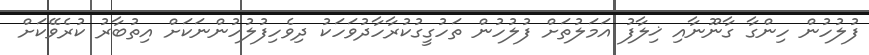
ފުލުހުން ހިންގާ ގާނޫނާއި ޚިލާފު އަމަލުތަށް ފުލުހުން ތަހުގީގުކުރާހާދުވަހަކު ދިވެހިފުލުހުންނަކަށް އިތުބާރު ކުރެވޭކަށް